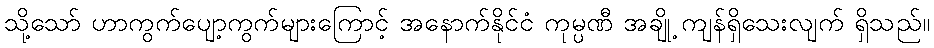
သို့သော် ဟာကွက်ပျော့ကွက်များကြောင့် အနောက်နိုင်ငံ ကုမ္ပဏီ အချို့ ကျန်ရှိသေးလျက် ရှိသည်။